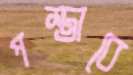
পস্তাবে